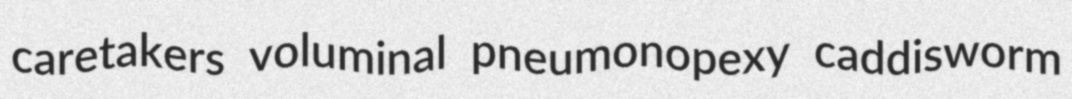
caretakers voluminal pneumonopexy caddisworm